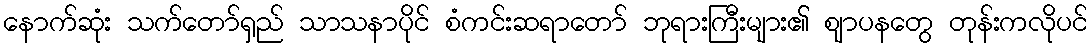
နောက်ဆုံး သက်တော်ရှည် သာသနာပိုင် စံကင်းဆရာတော် ဘုရားကြီးများ၏ ဈာပနတွေ တုန်းကလိုပင်